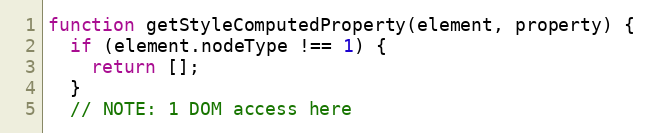
Language: JavaScript
function getStyleComputedProperty(element, property) {
  if (element.nodeType !== 1) {
    return [];
  }
  // NOTE: 1 DOM access here